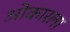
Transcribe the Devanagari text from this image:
ओंकारला